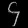
Digit: ၄